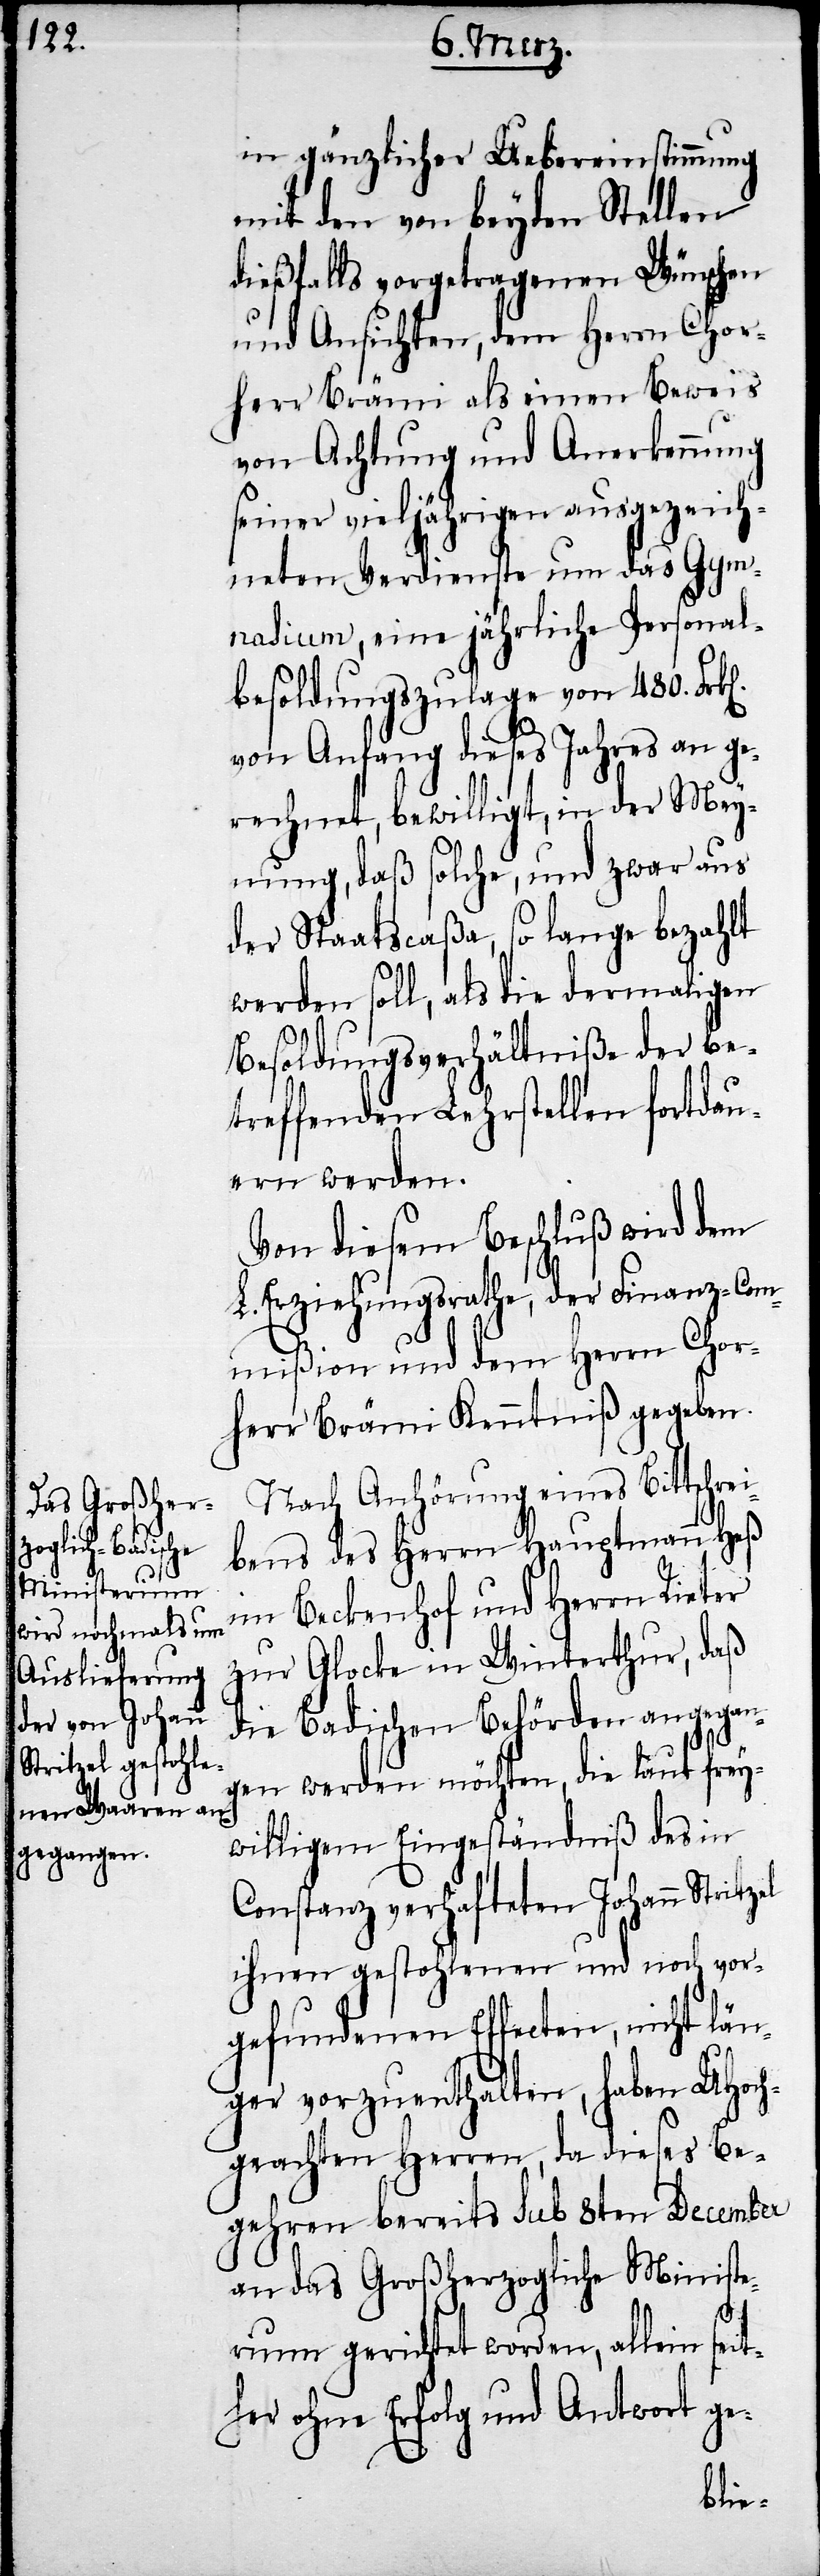
itzel

in gänzlicher Uebereinstimmung
mit den von beyden Stellen
diesfalls vorgetragenen Wünschen
und Ansichten, dem Herrn Chor¬
herr Brämi als einen Beweis
von Achtung und Anerkennung
seiner vieljährigen ausgezeich¬
neten Verdienste um das Gym¬
nasium, eine jährliche Personal¬
besoldungszulage von 480.
von Anfang dieses Jahres an ge¬
rechnet, bewilligt, in der Mey¬
nung, daß solche, und zwar aus
der Staatscaßa, so lange bezahlt
werden soll, als die dermaligen
Besoldungsverhältniße der be¬
treffenden Lehrstellen fortdau¬
ern werden.
Von diesem Beschluß wird dem
L. Erziehungsrathe, der Finanz-Com¬
mißion und dem Herrn Chor¬
herr Brämi Kenntniß gegeben
Nach Anhörung eines Bittschrei¬
bens des Herrn Hauptmann Heß
im Beckenhof und Herrn Dieter
zur Glocke in Winterthur, daß
die Badischen Behörden angegan¬
gen werden möchten, die laut frey¬
willigem Eingeständniß des in
Constanz verhafteten Johann Str¬
ihnen gestohlenen und noch vor¬
gefundenen Effecten, nicht län¬
ger vorzuenthalten, haben UHoch¬
geachten Herren, da dieses Be¬
gehren bereits sub 8ten December
an das Großherzogliche Ministe¬
rium gerichtet worden, allein
her ohne Erfolg und Antwort ge-
seit¬